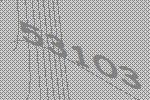
53103